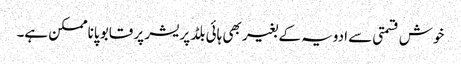
خوش قسمتی سے ادویہ کے بغیر بھی ہائی بلڈ پریشر پر قابو پاناممکن ہے۔